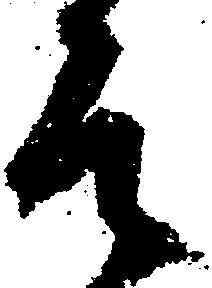
そ